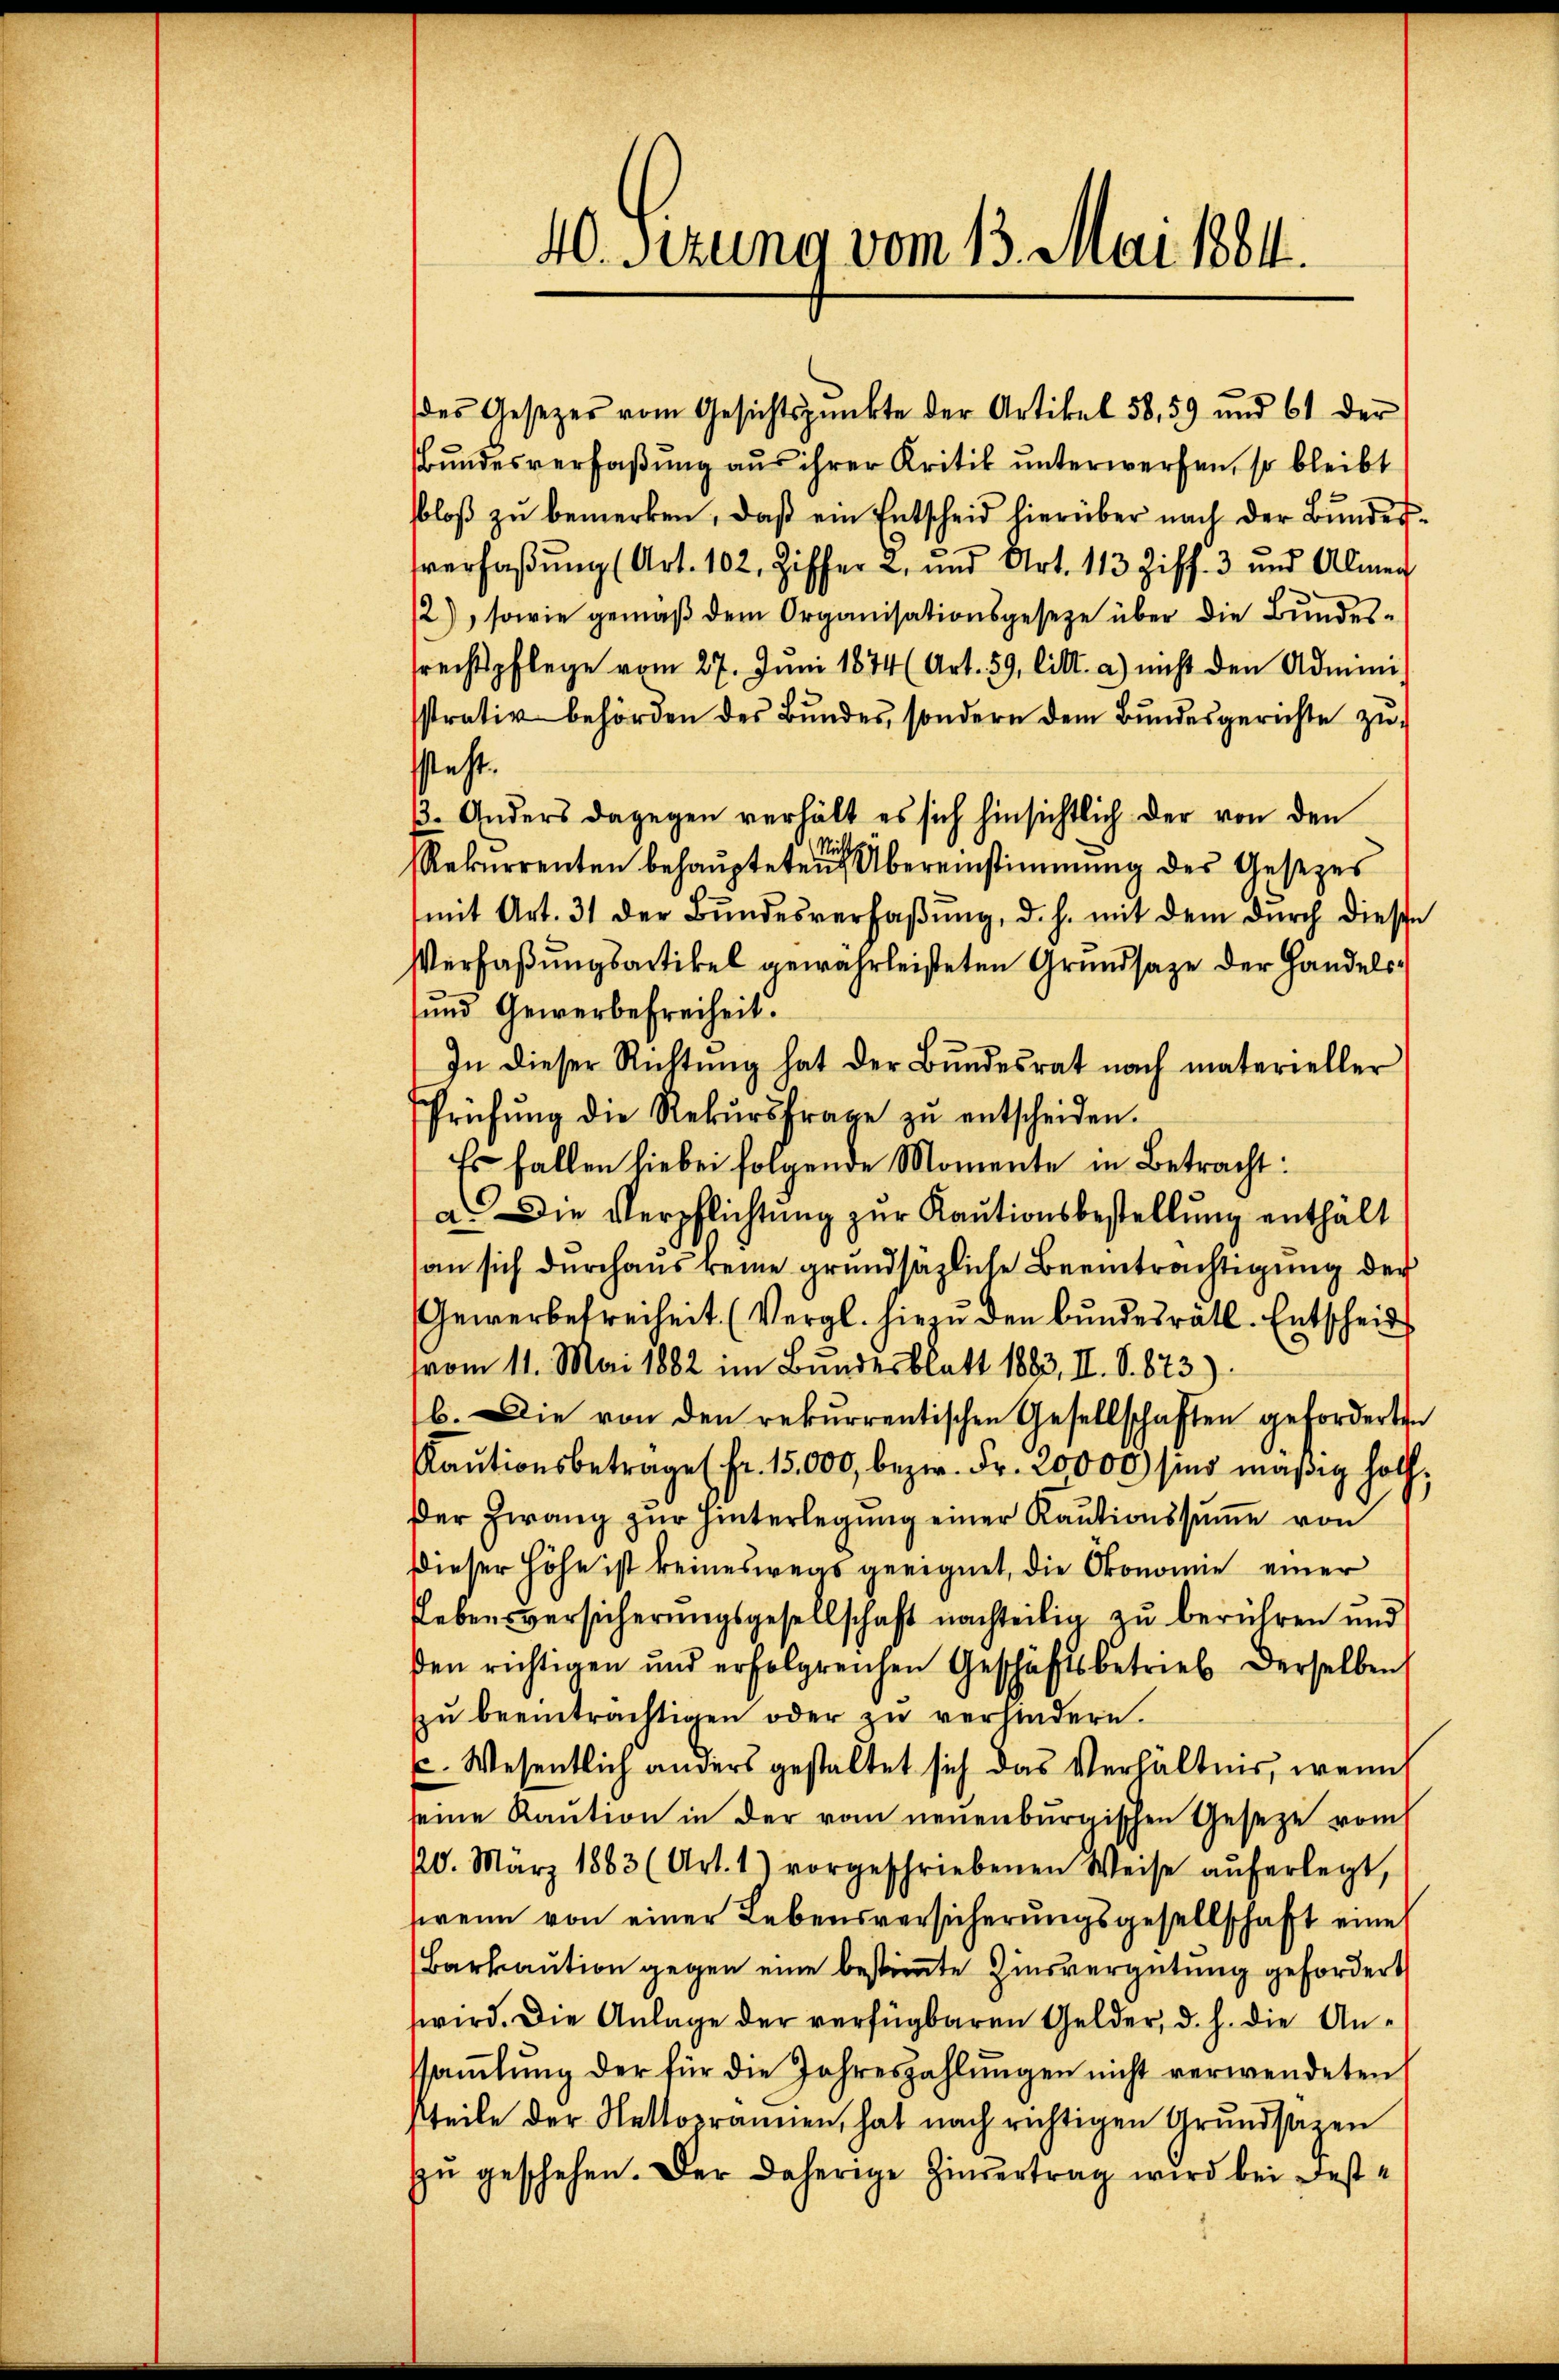
40. Sezung vom 13. Mai 1884.

Bundesverfaßung aus ihrer Kritik unterwerfen, so bleibt
bloβ zŭ bemerken, daß ein Entscheid hierüber nach der Bŭndes-
verfaßung (Art. 102, Ziffer 2. und Art. 113 Ziff. 3 und Almen
/2), sowie gemäß dem Organisationsgeseze über die Bundesrechtspflege vom 27. Jŭni 1874 (Art. 59. litt. a) nicht den Admini-
sstrativ behörden des Bŭndes, sondern dem Bŭndesgerichte zu-
ssteht.
p. Anders dagegen verhält es sich hinsichtlich der von den
Rekurrenten behauptete ich bereinstimmung des Gesetzes
mit Art. 31 der Bŭndesverhaβŭng, d. h. mit dem dŭrch diese
Verfaßungsartikel gewährleisteten Grundsaze der Handels¬
und Gewerbefreiheit.
In dieser Richtŭng hat der Bŭndesrat nach materieller
Prüfŭng die Rekŭrsfrage zŭ entscheiden.
Es fallen liebei folgende Momente in Betracht:
a. Die Verpflichtung zur Kautionsbestellung enthält
an sich durchaus keine grundsätzliche Beeinträchtigung der
Gewerbefreiheit. (Vergl. hiezŭ den Bŭndesrätl. Entscheid
vom 11. Mai 1882 im Bundesblatt 1883, II. S. 873).
b. Die von den rekurrentischen Gesellschaften geforderten
Kaŭtionsbetrage (Fr. 15,000, bezw. Fr. 20000 sind mäßig holz,
Der Zwang zŭr hinterlegŭng einer Kautionssŭṁe von
dieser Höhe ist keineswegs geeignet, die Ökonomie einer
Lebensversicherungsgesellschaft nachteilig zu berühren und
ßen richtigen und erfolgreichen Geschäftsbetrieb derselben
zŭ beeinträchtigen oder zŭ verhindern.
u. Wesentlich anders gestaltet sich das Verhältnis, wenn
eine Kaution in der vom neuenburgischen Gesetze vom
20. März 1883 (Art. 1) vorgeschriebenen Weise aŭferlegt,
wenn von einer Lebensversicherungsgesellschaft eine
Barkaution gegen eine bestimmte Zinsvergütung gefordert
wird. Die Anlage der verfügbaren Gelder, d. h. die Ansaṁlŭng der für die Jahreszahlŭngen nicht verwendeten
tteile der Nettovrannen, hat nach richtigen Grundsazen
zŭ geschehen. Der daherige Zinsertrag wird bei Fest¬

des Gesetzes vom Gesichtspunkte der Artikel 58, 59 und 61 der